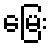
မြေး